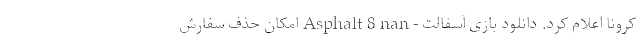
کرونا اعلام کرد. دانلود بازی آسفالت - Asphalt 8 nan امکان حذف سفارش